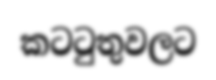
කටටුතුවලට